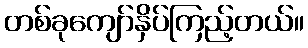
တစ်ခုကျော်နှိပ်ကြည့်တယ်။